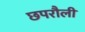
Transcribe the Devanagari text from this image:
छपरौली